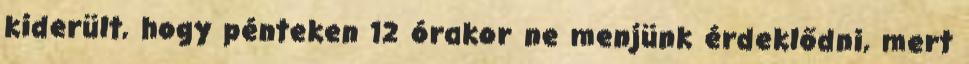
kiderült, hogy pénteken 12 órakor ne menjünk érdeklődni, mert